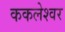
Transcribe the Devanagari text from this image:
ककलेश्वर